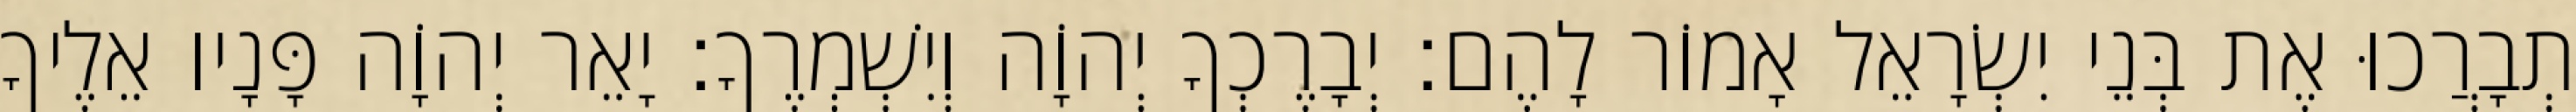
תְבָרֲכוּ אֶת בְּנֵי יִשְׂרָאֵל אָמוֹר לָהֶם׃ יְבָרֶכְךָ יְהוָֹה וְיִשְׁמְרֶךָ׃ יָאֵר יְהוָֹה פָּנָיו אֵלֶיךָ